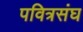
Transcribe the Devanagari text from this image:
पवित्रसंघ